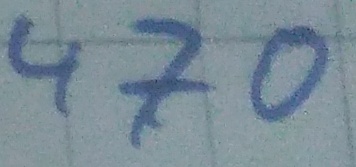
Text: 470